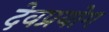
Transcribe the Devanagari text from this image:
देवप्रयोग